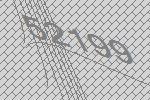
52199